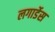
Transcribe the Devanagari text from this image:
लगार्डेस